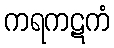
ကရကဋကံ